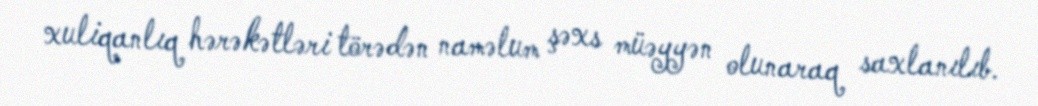
xuliqanlıq hərəkətləri törədən naməlum şəxs müəyyən olunaraq saxlanılıb.